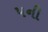
પની